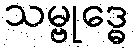
သမ္ဗုဒ္ဓေ